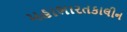
મહાભારતકાલીન